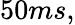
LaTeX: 50ms,